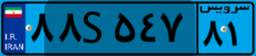
۳۱S۲۲۰۳۲